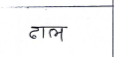
मजकूर: ढाल